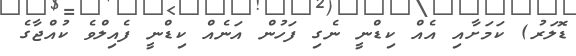
ޑޮލަރު) ކަމަށާއި އެއް ކިޑްނީ ނެގި ފަހުން އަނެއް ކިޑްނީ ފެއިލްވެ ކުއްޖާގެ